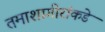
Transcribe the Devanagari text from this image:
तमाशागीरांकडे